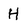
Character: H